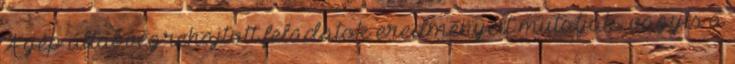
A gép által végrehajtott feladatok eredményeit mutatják, vagyis a